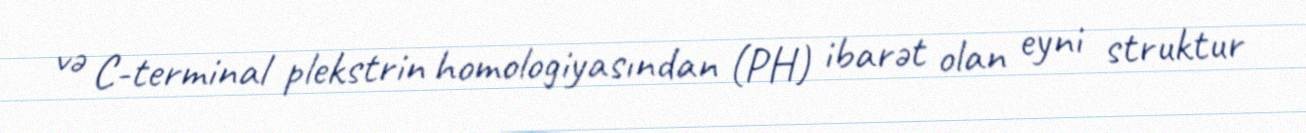
və C-terminal plekstrin homologiyasından (PH) ibarət olan eyni struktur